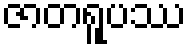
ဇာတရူပဿ